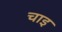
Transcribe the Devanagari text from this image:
चाइ